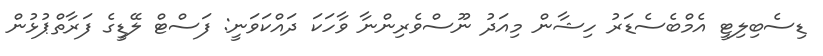
ޑިސެބިލިޓީ އެމްބެސެޑަރު ހިޝާން މިއަދު ނޫސްވެރިންނާ ވާހަކަ ދައްކަވަނީ: ފަސްޓް ލޭޑީގެ ފަރާތްޕުޅުން